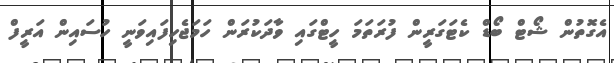
އެގޮތުން ޝޯޓް ބޯޑް ކެޓަގަރީން ފުރަތަމަ ހީޓްގައި ވާދަކުރަން ހަމަޖެހިފައިވަނީ ހުސައިން އަރީފް